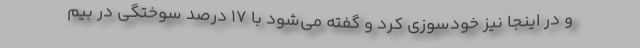
و در اینجا نیز خودسوزی کرد و گفته می‌شود با ۱۷ درصد سوختگی در بیم